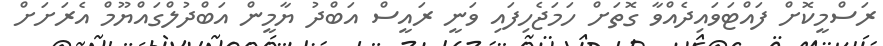
ރަސްމީކޮށް ފައްޓަވައިދެއްވާ ގޮތަށް ހަމަޖެހިފައި ވަނީ ރައީސް އަބްދު ޔާމީން އަބްދުލްގައްޔޫމް އެރަށަށް